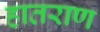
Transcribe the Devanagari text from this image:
हातराण